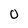
Character: 0